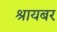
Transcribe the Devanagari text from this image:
श्रायबर